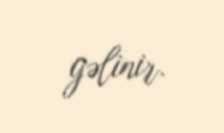
gəlinir.